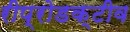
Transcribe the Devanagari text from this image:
रीप्रोडक्टीव